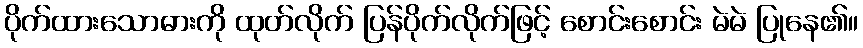
ပိုက်ထားသောဓားကို ထုတ်လိုက် ပြန်ပိုက်လိုက်ဖြင့် စောင်းစောင်း မဲမဲ ပြုနေ၏။